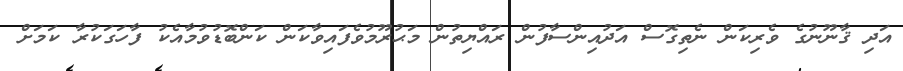
އަދި ޤާނޫނުގެ ވެރިކަން ނެތިގޮސް އަދުއިންސާފުން ރައްޔިތުން މަޙުރޫމުވެފައިވާކަން ކަންބޮޑުވުމާއެކު ފާހަގަކުރާ ކަމަށް